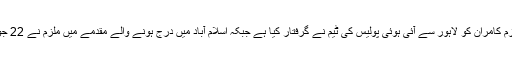
تھانہ سیکرٹریٹ کے انچارج حاکم خان نے بی بی سی کو بتایا کہ ملزم کامران کو لاہور سے آئی ہوئی پولیس کی ٹیم نے گرفتار کیا ہے جبکہ اسلام آباد میں درج ہونے والے مقدمے میں ملزم نے 22 جولائی تک اسلام آباد ہائی کورٹ میں حفاظتی ضمانت لے رکھی تھی۔